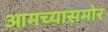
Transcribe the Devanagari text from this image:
आमच्यासमोर